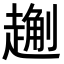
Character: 𧽄